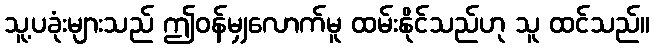
သူ့ပခုံးများသည် ဤဝန်မျှလောက်မူ ထမ်းနိုင်သည်ဟု သူ ထင်သည်။